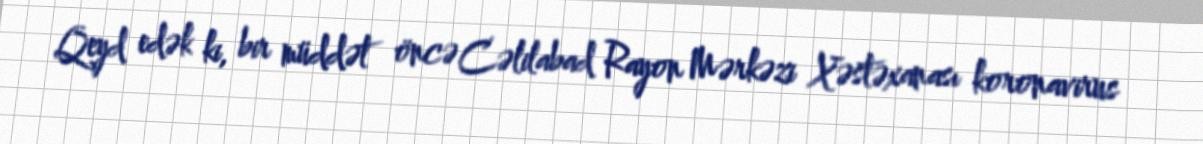
Qeyd edək ki, bir müddət öncə Cəlilabad Rayon Mərkəzi Xəstəxanası koronavirus